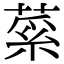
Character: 𦷲